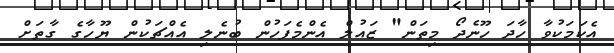
އެކަމަކުވާ ހާދަ ހޫނެދޯ މިތަން" ޒައުލް އެންމެފަހުން ބުނެލި އެއްޗަކުން ޔޫހާގެ ގާތަށް